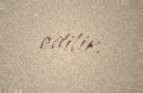
edilir.